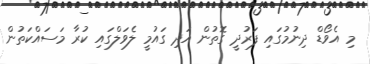
މި އެވޯޑް ދިނުމުގައި ފަރުދީ ގޮތުން އަދި ގައުމީ ލެވަލްގައި ކުރާ މަސައްކަތުން